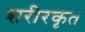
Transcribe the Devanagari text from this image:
शरीरकृत